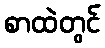
စာထဲတွင်